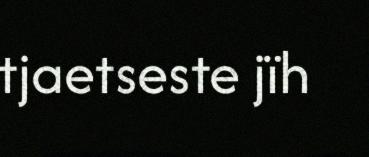
tjaetseste jïh